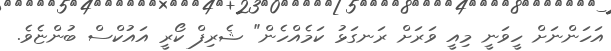
އަހަންނަށް ހީވަނީ މިއީ ވަރަށް ރަނގަޅު ކަމެއްހެން" ޝެރިފް ކޯރީ އައުކްސް ބުންޏެވެ.